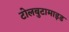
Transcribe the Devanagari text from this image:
टोलबुटामाइड